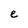
Character: e